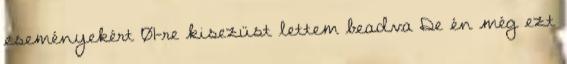
eseményekért 01-re kisezüst lettem beadva De én még ezt